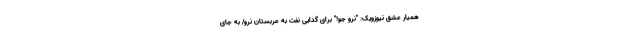
همیار عشق نیوزویک: "نرو جو!" برای گدایی نفت به عربستان نرو/ به جای